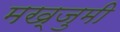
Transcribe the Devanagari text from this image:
मख्जुमी